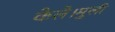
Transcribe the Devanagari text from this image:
केले।मुली